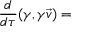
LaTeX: { \frac { d } { d \tau } } ( \gamma , \gamma { \vec { v } } ) =